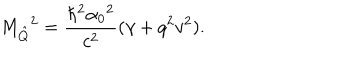
{ M _ { \hat { Q } } } ^ { 2 } = \frac { \hbar ^ { 2 } { \alpha _ { 0 } } ^ { 2 } } { c ^ { 2 } } ( \gamma + q ^ { 2 } v ^ { 2 } ) .